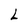
Character: L